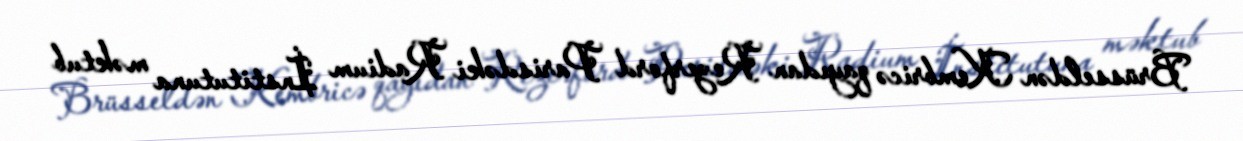
Brüsseldən Kembricə qayıdan Rezerford Parisdəki Radium İnstitutuna məktub